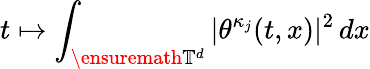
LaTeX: t\mapsto\int_{\ensuremath{\mathbb{T}}^{d}}|\theta^{\kappa_{j}}(t,x)|^{2}\, dx